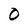
Character: O